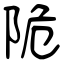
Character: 陒